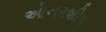
ઓનરશીપ